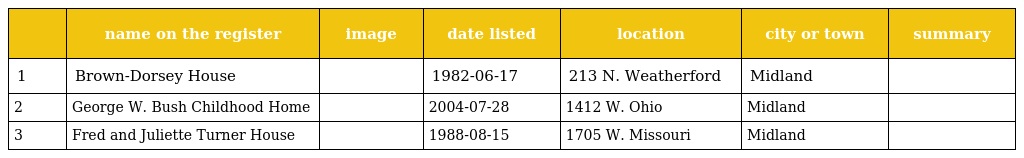
|  | name on the register | image | date listed | location | city or town | summary |
 | --- | --- | --- | --- | --- | --- | --- |
 | 1 | Brown-Dorsey House |  | 1982-06-17 | 213 N. Weatherford | Midland |  |
 | 2 | George W. Bush Childhood Home |  | 2004-07-28 | 1412 W. Ohio | Midland |  |
 | 3 | Fred and Juliette Turner House |  | 1988-08-15 | 1705 W. Missouri | Midland |  |